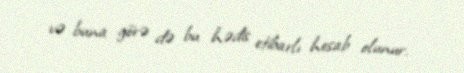
və buna görə də bu hədis etibarlı hesab olunur.